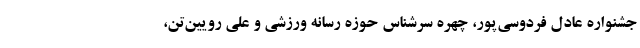
جشنواره عادل فردوسی‌پور، چهره سرشناس حوزه رسانه ورزشی و علی رویین‌تن،